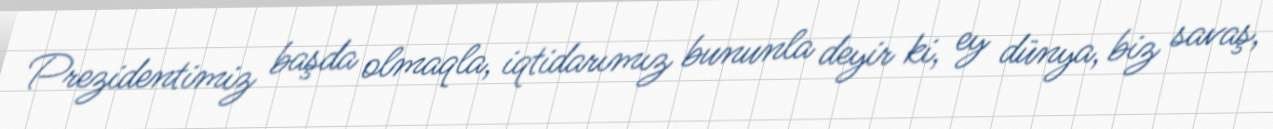
Prezidentimiz başda olmaqla, iqtidarımız bununla deyir ki, ey dünya, biz savaş,